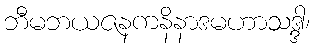
ဘီမဘယဇနကနိနာဒမဟာသဒ္ဒါ၊